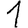
Digit: 1